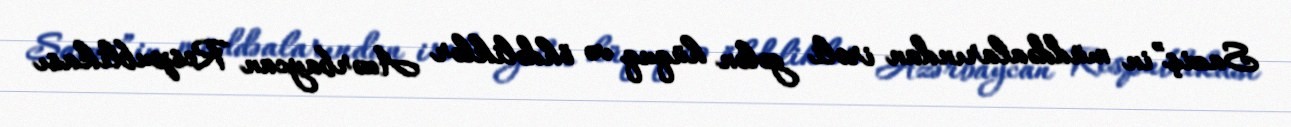
Saziş”in müddəalarından irəli gələn hüquq və öhdəliklər Azərbaycan Respublikası